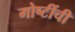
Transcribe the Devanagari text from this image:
गोष्‍टींची